Lunatic asylums United Prov. 1922-30 - 1922-1930
Year: 1922
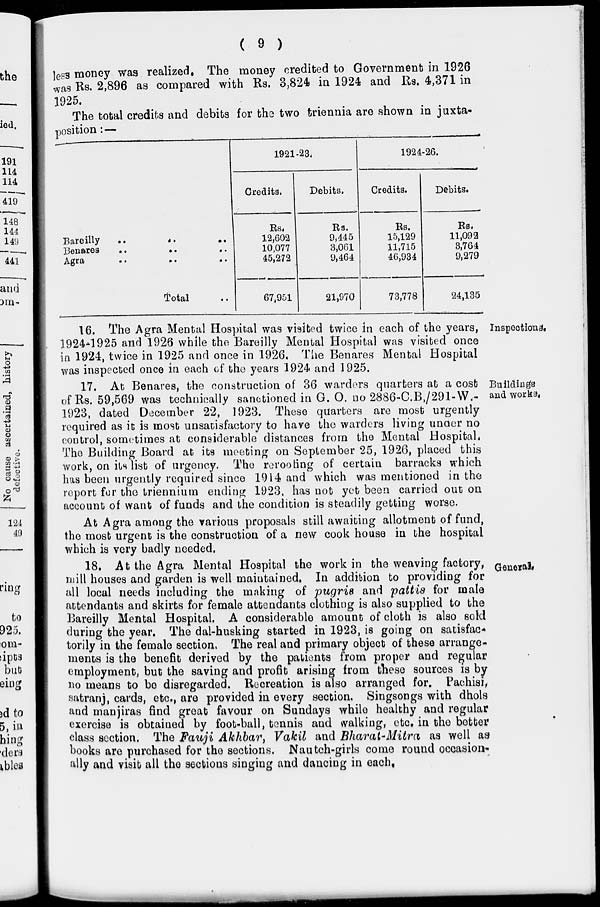
( 9 )
less money was realized. The money credited to Government in 1926
was Rs. 2,896 as compared with Rs. 3,824 in 1924 and Rs. 4,371 in
1925.
The total credits and debits for the two triennia are shown in juxta-
position:—
Bareilly
.. .. ..
Benares .. .. ..
Agra .. .. ..
Total ..
1921-23.
Credits.
Rs,
12,602
10,077
45,272
67,951
Debits.
Rs.
9,445
3,061
9,464
21,970
1924-26.
Credits.
Rs.
15,129
11,715
46,934
73,778
Debits.
Rs.
11,092
3,764
9,279
24,135
Inspections.
16. The Agra Mental Hospital was visited twice in each of the years,
1924-1925 and 1926 while the Bareilly Mental Hospital was visited once
in 1924, twice in 1925 and once in 1926. The Benares Mental Hospital
was inspected once in each of the years 1924 and 1925.
Buildings
and works.
17. At Benares, the construction of 36 warders quarters at a cost
of Rs. 59,569 was technically sanctioned in G. O. no 2886-C.B,/291-W.-
1923, dated December 22, 1923. These quarters are most urgently
required as it is most unsatisfactory to have the warders living under no
control, sometimes at considerable distances from the Mental Hospital.
The Building Board at its meeting on September 25, 1926, placed this
work, on its list of urgency. The rerooting of certain barracks which
has been urgently required since 1914 and which was mentioned in the
report for the triennium ending 1923, has not yet been carried out on
account of want of funds and the condition is steadily getting worse.
At Agra among the various proposals still awaiting allotment of fund,
the most urgent is the construction of a new cook house in the hospital
which is very badly needed.
General.
18. At the Agra Mental Hospital the work in the weaving factory,
mill houses and garden is well maintained. In addition to providing for
all local needs including the making of pugris and pattis for male
attendants and skirts for female attendants clothing is also supplied to the
Bareilly Mental Hospital. A considerable amount of cloth is also sold
during the year. The dal-husking started in 1923, is going on satisfac¬
torily in the female section. The real and primary object of these arrange-
ments is the benefit derived by the patients from proper and regular
employment, but the saving and profit arising from these sources is by
no means to bo disregarded. Recreation is also arranged for. Pachisi,
satranj, cards, etc., are provided in every section. Singsongs with dhols
and manjiras find great favour on Sundays while healthy and regular
exercise is obtained by foot-ball, tennis and walking, etc. in the better
class section. The Fauji Akhbar, Vakil and Bharat-Mitra as well as
books are purchased for the sections. Nautch-girls come round occasion-
ally and visit all the sections singing and dancing in each,